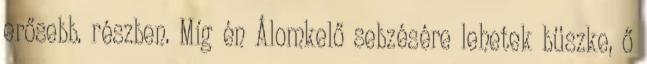
erősebb. részben. Míg én Álomkelő sebzésére lehetek büszke, ő